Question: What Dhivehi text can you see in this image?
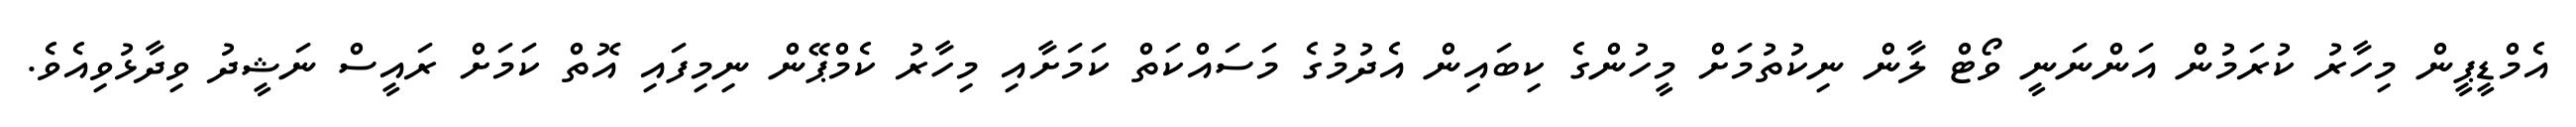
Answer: އެމްޑީޕީން މިހާރު ކުރަމުން އަންނަނީ ވޯޓް ލާން ނިކުތުމަށް މީހުންގެ ކިބައިން އެދުމުގެ މަސައްކަތް ކަމަށާއި މިހާރު ކެމްޕޭން ނިމިފައި އޮތް ކަމަށް ރައީސް ނަޝީދު ވިދާޅުވިއެވެ.